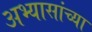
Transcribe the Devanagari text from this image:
अभ्यासांच्या